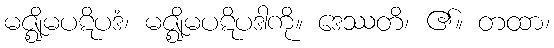
မဇ္ဈိမပဋိပဒံ၊ မဇ္ဈိမပဋိပဒါကို။ ဒေဿတိ၊ ၏။ တထာ၊